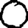
Digit: 0